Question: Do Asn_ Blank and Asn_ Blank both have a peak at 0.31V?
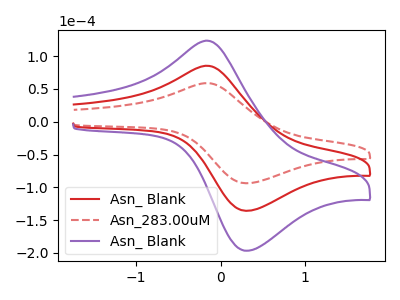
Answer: <think>The red curve "Asn_ Blank" has an anodic peak at (-0.15V, 85.40uA) and a cathodic peak at (0.30V, -135.85uA). The red dashed curve "Asn_283.00uM" has an anodic peak at (-0.15V, 59.00uA) and a cathodic peak at (0.30V, -93.80uA). The purple curve "Asn_ Blank" has an anodic peak at (-0.15V, 170.85uA) and a cathodic peak at (0.30V, -271.75uA).</think>
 <answer>Yes, "Asn_ Blank" and "Asn_ Blank" share a peak at 0.31V.</answer>
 <eval>match</eval>